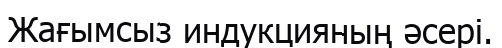
Жағымсыз индукцияның әсері.